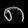
Digit: ၈